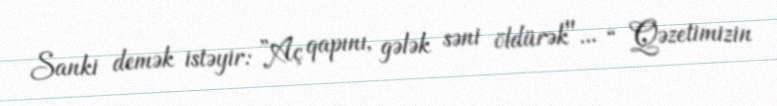
Sanki demək istəyir: ”Aç qapını, gələk səni öldürək"... “ Qəzetimizin